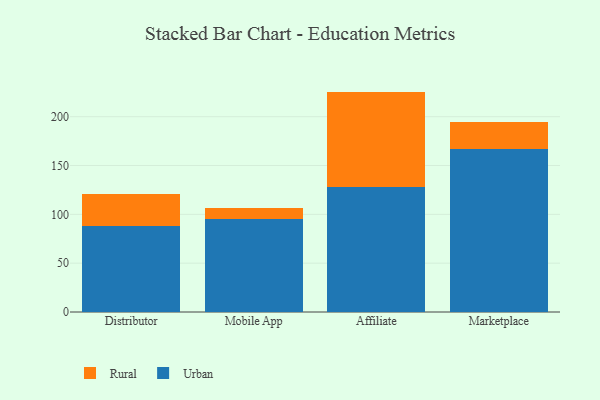
{"axis": {"x": "Channel", "y": "Temperature (°C)"}, "legend": ["Rural", "Urban"], "data": [{"x": "Distributor", "y": 87.6, "type": "Urban"}, {"x": "Distributor", "y": 33.1, "type": "Rural"}, {"x": "Mobile App", "y": 95.0, "type": "Urban"}, {"x": "Mobile App", "y": 11.4, "type": "Rural"}, {"x": "Affiliate", "y": 128.3, "type": "Urban"}, {"x": "Affiliate", "y": 97.4, "type": "Rural"}, {"x": "Marketplace", "y": 166.7, "type": "Urban"}, {"x": "Marketplace", "y": 27.9, "type": "Rural"}]}